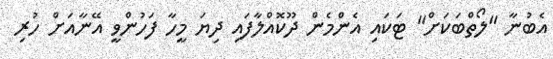
އެބުނާ "ލޯތްބަކަށް" ޓަކައި އެންމެން ދޫކޮއްލާފައި ދިޔަ މީހާ ފަހުންވީ އޭނާއަށް ހުރި